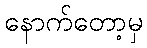
နောက်တော့မှ